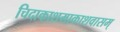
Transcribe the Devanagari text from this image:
चिदाकाशमाकाशवासम्